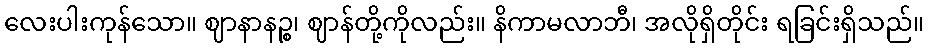
လေးပါးကုန်သော။ ဈာနာနဉ္စ၊ ဈာန်တို့ကိုလည်း။ နိကာမလာဘီ၊ အလိုရှိတိုင်း ရခြင်းရှိသည်။